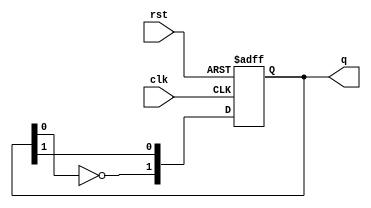
module dual_stage_johnson_counter (
    input wire clk,    // Clock input
    input wire rst,    // Reset input
    output reg [1:0] q // 2-bit output representing the state
);

    // Sequential logic for the Johnson counter
    always @(posedge clk or posedge rst) begin
        if (rst) begin
            // Reset both flip-flops to 0
            q <= 2'b00; 
        end else begin
            // Johnson counter state transition
            q[1] <= ~q[0];  // D1 = NOT Q2 -> first FF gets the inverted output of the second FF
            q[0] <= q[1];   // D2 = Q1 -> second FF gets the current output of the first FF
        end
    end

endmodule